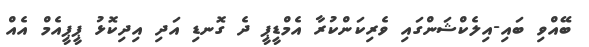
ބޭއްވި ބައި-އިލެކްޝަންގައި ވެރިކަންކުރާ އެމްޑީޕީ ދެ ގޮނޑި އަދި އިދިކޮޅު ޕީޕީއެމް އެއް